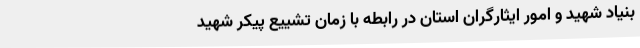
بنیاد شهید و امور ایثارگران استان در رابطه با زمان تشییع پیکر شهید